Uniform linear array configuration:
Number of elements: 8
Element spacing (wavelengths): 0.25
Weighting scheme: exponential
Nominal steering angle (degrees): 15
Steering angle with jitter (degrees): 16.716
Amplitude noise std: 0.05
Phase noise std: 0.05

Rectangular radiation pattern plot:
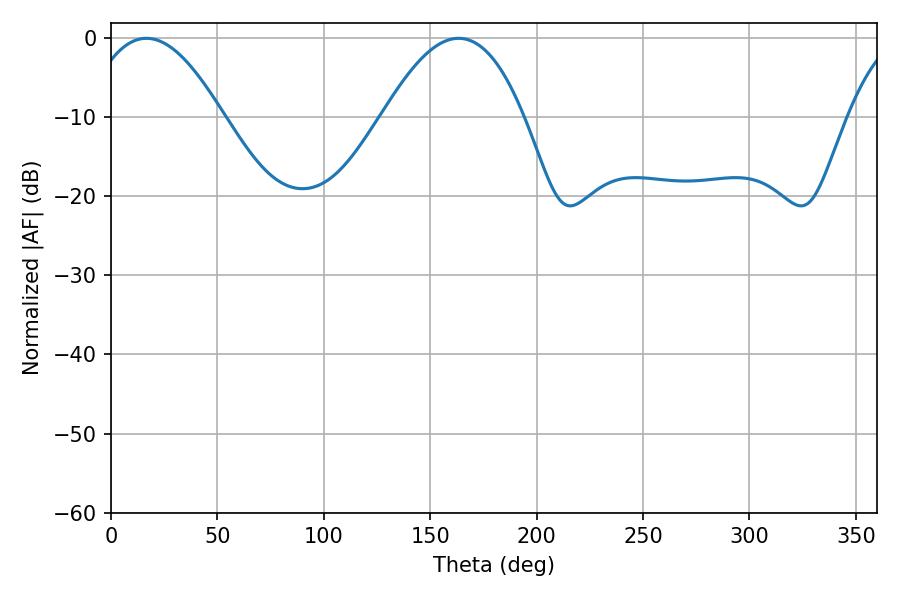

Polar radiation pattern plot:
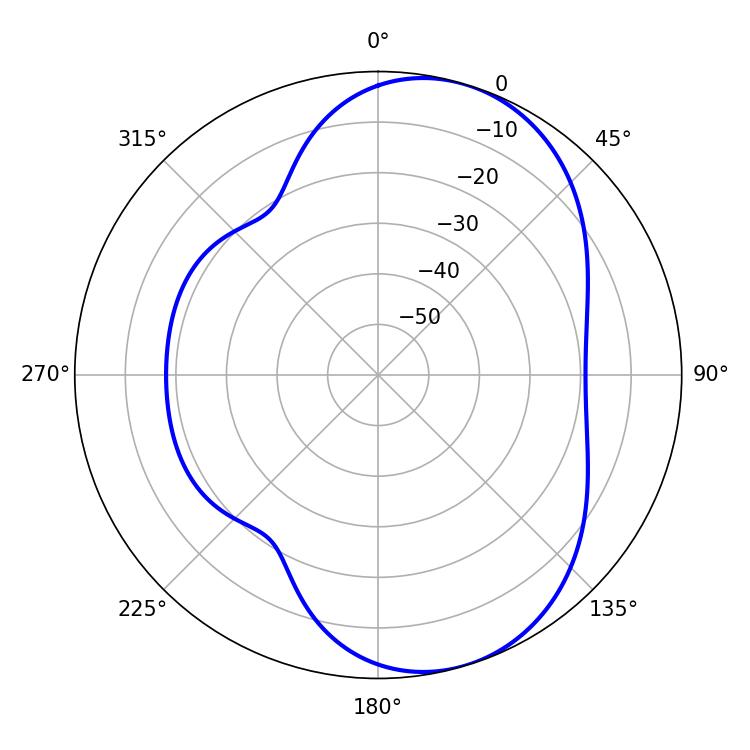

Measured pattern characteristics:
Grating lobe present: FALSE
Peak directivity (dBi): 6.905
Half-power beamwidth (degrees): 35.64
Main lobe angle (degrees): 16.56